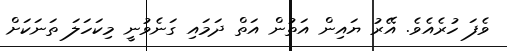
ވެފަ ހުރެއެވެ. އޭރު ޔައިން އަތުން އަތް ދަމައި ގަނެވުނީ މިކަހަލަ ތަނަކަށް